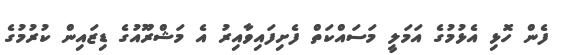
ފެން ހޮޅި އެޅުމުގެ އަމަލީ މަސައްކަތް ފެށިފައިވާއިރު އެ މަޝްރޫއުގެ ޑިޒައިން ކުރުމުގެ